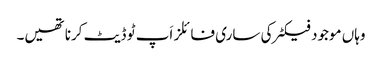
وہاں موجود فیکٹر کی ساری فائلز اَپ ٹو ڈیٹ کرنا تھیں۔